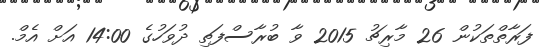
ފަރާތްތަކުން 26 މާރިޗު 2015 ވާ ބުރާސްފަތި ދުވަހުގެ 14:00 އަށް އެމް.